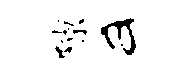
隙a